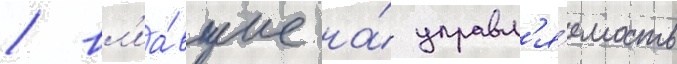
/ вл'иа́вшие на́ управл'я́емость